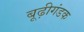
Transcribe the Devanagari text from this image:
बूढ़ीगंडक